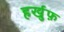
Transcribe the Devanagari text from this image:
हर्खुफ़